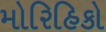
મોરિહિકો